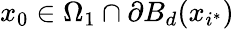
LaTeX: x_{0}\in\Omega_{1}\cap\partial B_{d}(x_{i^{\ast}})